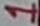
Text: 1